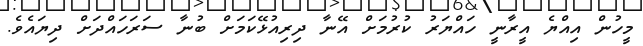
މީހުން އިއްޔެ އީރާނީ ހައްޔަރު ކުރުމަށް އޭނާ ދިރިއުޅޭކަމަށް ބުނާ ސަރަހައްދަށް ދިޔައެވެ.